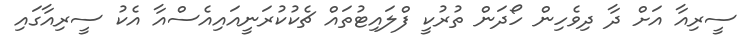
ސީރިއާ އަށް ދާ ދިވެހިން ހޯދަން ތުރުކީ ފްލައިޓުތައް ޗެކުކުރަނީއައިއެސްއާ އެކު ސީރިއާގައި